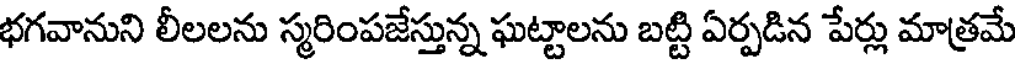
భగవానుని లీలలను స్మరింపజేస్తున్న ఘట్టాలను బట్టి ఏర్పడిన పేర్లు మాత్రమే